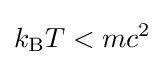
k_{\text{B}}T<mc^{2}